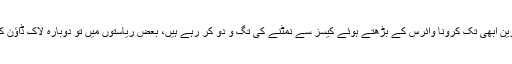
امریکہ میں صحت کے ماہرین ابھی تک کرونا وائرس کے بڑھتے ہوئے کیسز سے نمٹنے کی تگ و دو کر رہے ہیں، بعض ریاستوں میں تو دوبارہ لاک ڈاؤن کا مشورہ بھی دیا جا رہا ہے۔